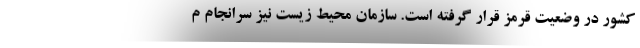
کشور در وضعیت قرمز قرار گرفته است. سازمان محیط زیست نیز سرانجام م